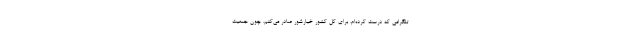
تلگرامی که درست کرده‌ام، برای کل کشور خیارشور صادر می‌کنم. چون جمعیت